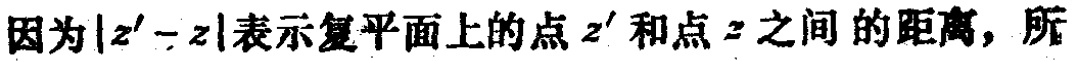
因为\(\vert z' - z\vert\)表示复平面上的点\(z'\)和点\(z\)之间的距离，所